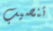
تنصيب